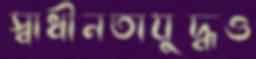
স্বাধীনতাযুদ্ধও